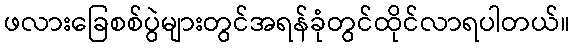
ဖလားခြေစစ်ပွဲများတွင်အရန်ခုံတွင်ထိုင်လာရပါတယ်။